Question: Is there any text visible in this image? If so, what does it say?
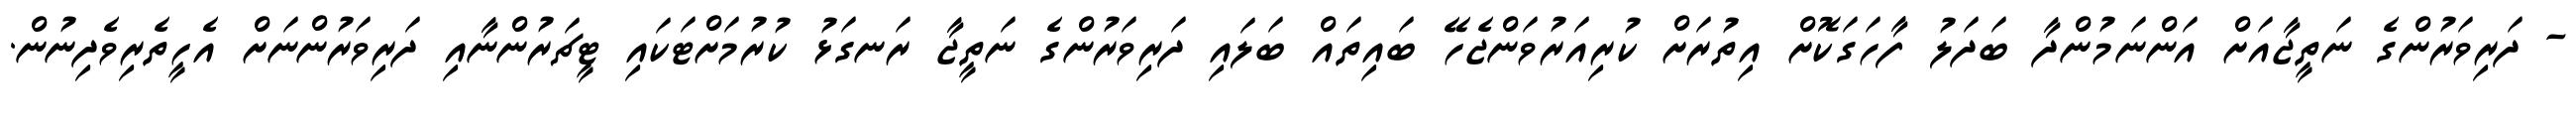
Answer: - ދަރިވަރުންގެ ނަތީޖާއަށް އަންނަމުންދާ ބަދަލު ފާހަގަކޮށް އިތުރަށް ކުރިއަރުވަންޖެހޭ ބައިތައް ބަލައި ދަރިވަރުންގެ ނަތީޖާ ރަނގަޅު ކުރުމަށްޓަކައި ޓީޗަރުންނާއި ދަރިވަރުންނަށް އެހީތެރިވެދިނުން.